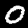
Digit: 0